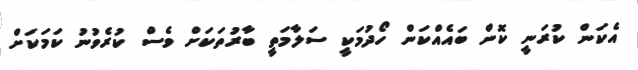
އެކަން ކުރަނީ ކޮން ބައެއްކަން ހޯދުމަކީ ސަލާމަތީ ބާރުތަކަށް ވެސް ކުރެވުނު ކަމަކަށް